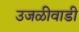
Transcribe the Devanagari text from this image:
उजळीवाडी